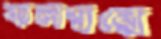
কলস্বরে